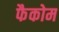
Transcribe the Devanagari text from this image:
फैकोम